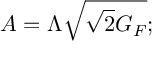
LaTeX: A = \Lambda \sqrt { \sqrt { 2 } G _ { F } } ;